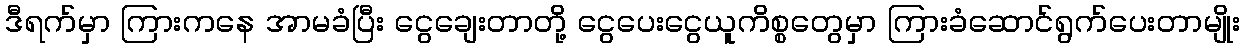
ဒီရက်မှာ ကြားကနေ အာမခံပြီး ငွေချေးတာတို့ ငွေပေးငွေယူကိစ္စတွေမှာ ကြားခံဆောင်ရွက်ပေးတာမျိုး